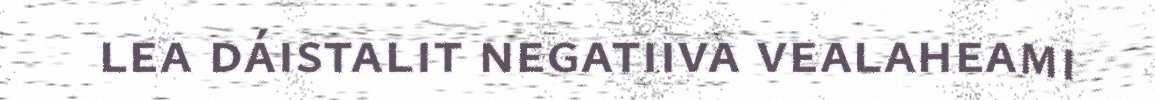
lea dáistalit negatiiva vealaheami